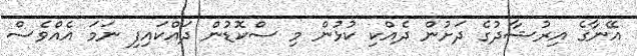
އޭނާގެ އިރުޝާދުގެ ދަށުން ދެއްކި ކުޅުން މި ސްކޮޑުން ދައްކައިފި ނަމަ އެއްވެސް